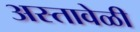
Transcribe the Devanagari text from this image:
अस्तावेळी